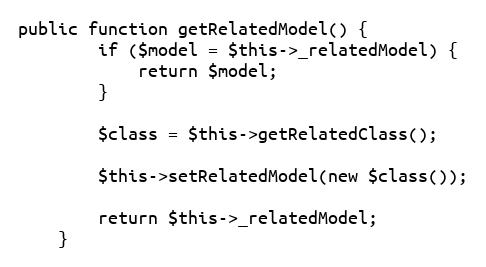
Language: PHP
public function getRelatedModel() {
        if ($model = $this->_relatedModel) {
            return $model;
        }

        $class = $this->getRelatedClass();

        $this->setRelatedModel(new $class());

        return $this->_relatedModel;
    }